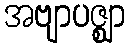
အဗျာပဇ္ဈာ